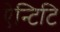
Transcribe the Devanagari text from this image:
ऐन्टिटि